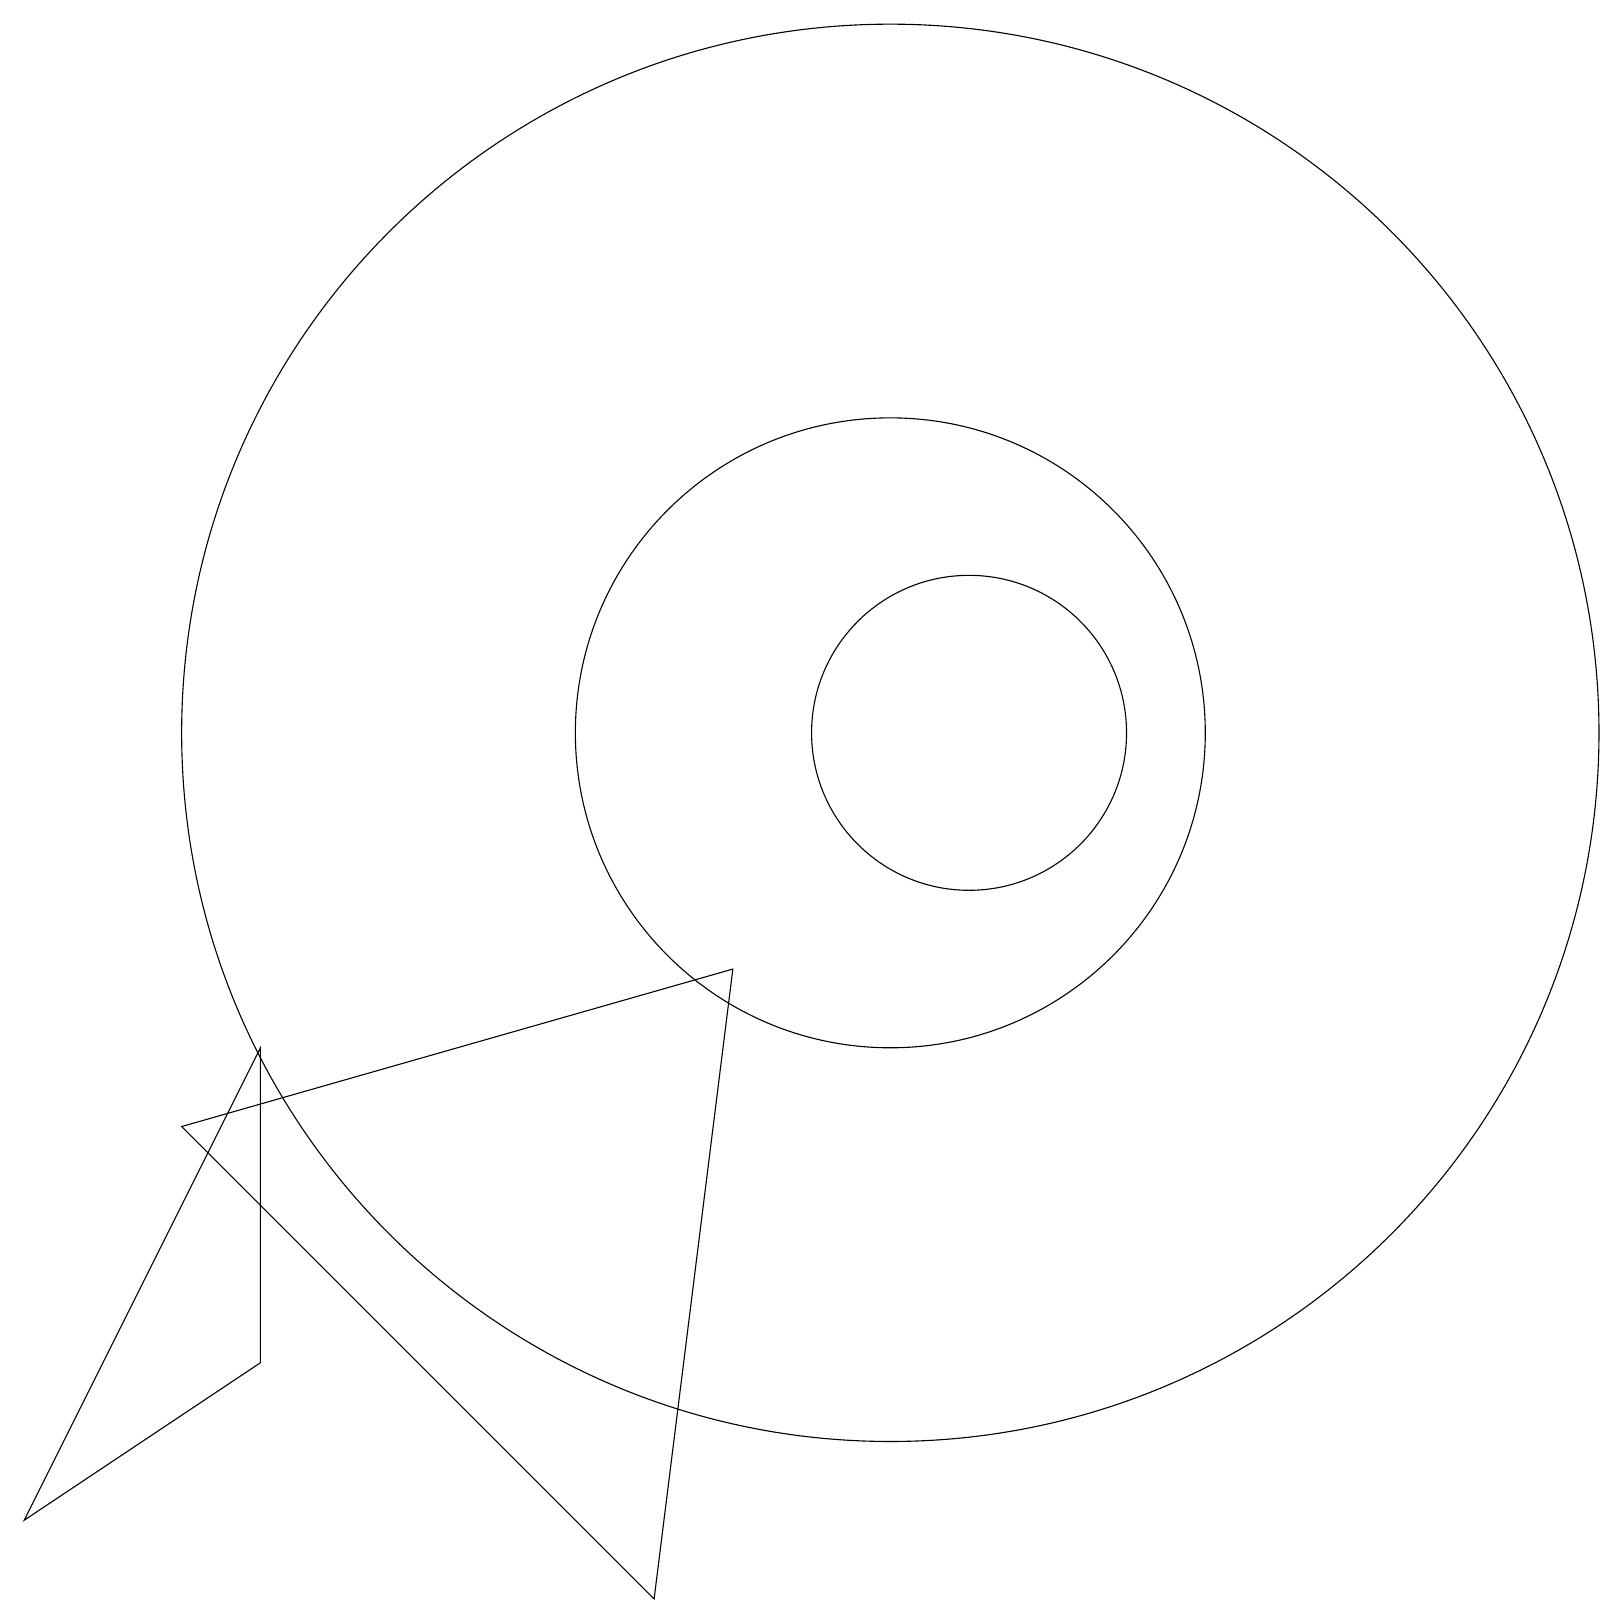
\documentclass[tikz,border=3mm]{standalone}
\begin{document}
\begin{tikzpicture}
\draw (11,11) circle (4);
\draw (12,11) circle (2);
\draw (0,1) -- (3,7) -- (3,3) -- cycle;
\draw (9,8) -- (2,6) -- (8,0) -- cycle;
\draw (11,11) circle (9);
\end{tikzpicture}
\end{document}